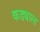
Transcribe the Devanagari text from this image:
कड्याल